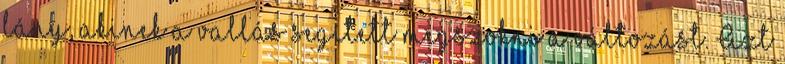
lány, akinek a vallás segített megszokni a változást. Azt